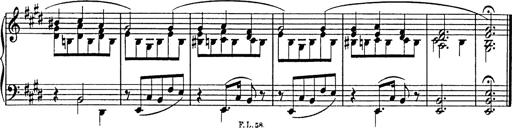
Title: Consolations
Composer: Franz Liszt